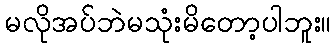
မလိုအပ်ဘဲမသုံးမိတော့ပါဘူး။